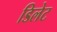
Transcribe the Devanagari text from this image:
डिलेट